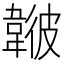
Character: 𩏃